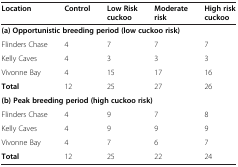
<table><thead><tr><td><b>Location</b></td><td><b>Control</b></td><td><b>Low Risk cuckoo</b></td><td><b>Moderate risk</b></td><td><b>High risk cuckoo</b></td></tr></thead><tbody><tr><td colspan="5"><b>(a) Opportunistic breeding period (low cuckoo risk)</b></td></tr><tr><td>Flinders Chase</td><td>4</td><td>7</td><td>7</td><td>7</td></tr><tr><td>Kelly Caves</td><td>4</td><td>3</td><td>3</td><td>3</td></tr><tr><td>Vivonne Bay</td><td>4</td><td>15</td><td>17</td><td>16</td></tr><tr><td><b>Total</b></td><td>12</td><td>25</td><td>27</td><td>26</td></tr><tr><td colspan="5"><b>(b) Peak breeding period (high cuckoo risk)</b></td></tr><tr><td>Flinders Chase</td><td>4</td><td>9</td><td>7</td><td>8</td></tr><tr><td>Kelly Caves</td><td>4</td><td>9</td><td>9</td><td>9</td></tr><tr><td>Vivonne Bay</td><td>4</td><td>7</td><td>6</td><td>7</td></tr><tr><td><b>Total</b></td><td>12</td><td>25</td><td>22</td><td>24</td></tr></tbody></table>